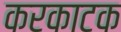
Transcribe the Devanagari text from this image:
करकाटक